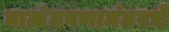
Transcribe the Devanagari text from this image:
बाळंतपणानंतरचे